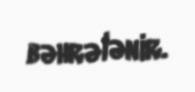
bəhrələnir.